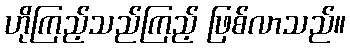
ဟိုကြည့်သည်ကြည့် ဖြစ်လာသည်။